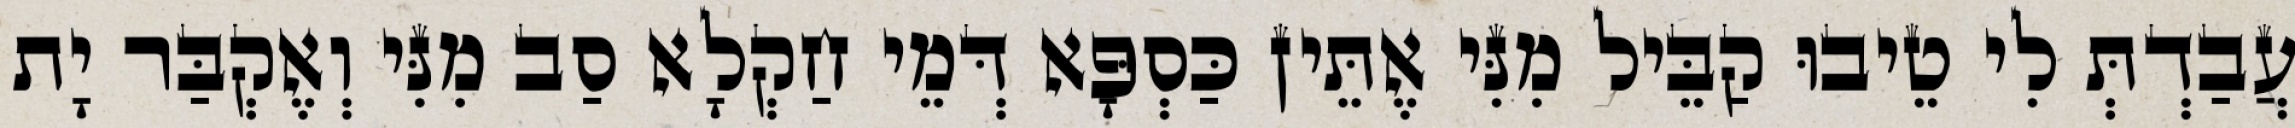
עֲבַדְתְּ לִי טֵיבוּ קַבֵּיל מִנִּי אֶתֵּין כַּסְפָּא דְּמֵי חַקְלָא סַב מִנִּי וְאֶקְבַּר יָת